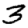
Digit: 3